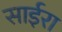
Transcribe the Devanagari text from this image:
साईरा